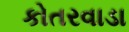
કોતરવાડા